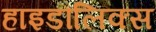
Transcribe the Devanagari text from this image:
हाइडौलिक्स